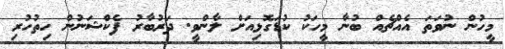
މީހުން ނުވަތަ އެއްޗެއް ބުނާ މީހަކު ކުޑަގޮޅިއަށް ލާންވީ. ދަރުބާރު ފެކްޝަނުން ހިތުހުރި